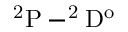
\mathrm { ^ 2 P - ^ { 2 } D ^ { o } }